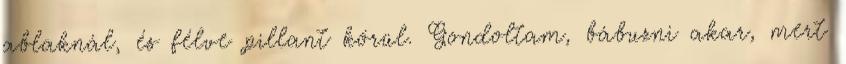
ablaknál, és félve pillant körül. Gondoltam, bábuzni akar, mert